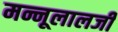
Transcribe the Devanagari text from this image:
मन्नूलालजी